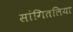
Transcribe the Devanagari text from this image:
सांगितलिया